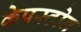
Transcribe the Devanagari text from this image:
केपस्टोन